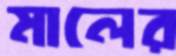
মালের